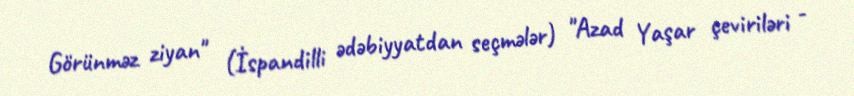
Görünməz ziyan" (İspandilli ədəbiyyatdan seçmələr) "Azad Yaşar çeviriləri -